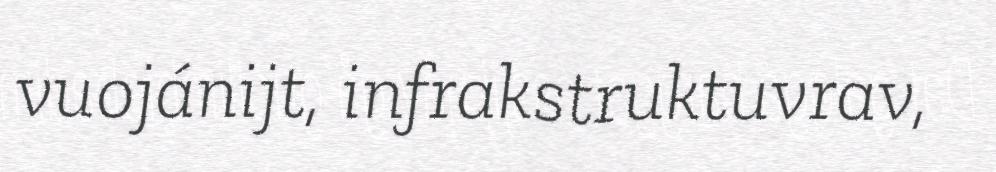
vuojánijt, infrakstruktuvrav,